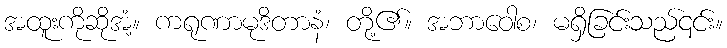
အထူးကိုဆိုအံ့။ ကရုဏာမုဒိတာနံ၊ တို့၏။ အဘာဝေါစ၊ မရှိခြင်းသည်၎င်း။